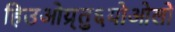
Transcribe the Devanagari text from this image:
हिउओय्र्तु६योओलो